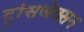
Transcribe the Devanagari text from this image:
ट्रांसजेक्सन